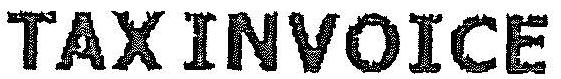
TAX INVOICE